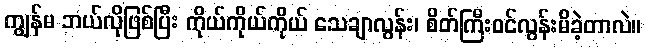
ကျွန်မ ဘယ်လိုဖြစ်ပြီး ကိုယ်ကိုယ်ကိုယ် သေချာလွန်း၊ စိတ်ကြီးဝင်လွန်းမိခဲ့တာလဲ။